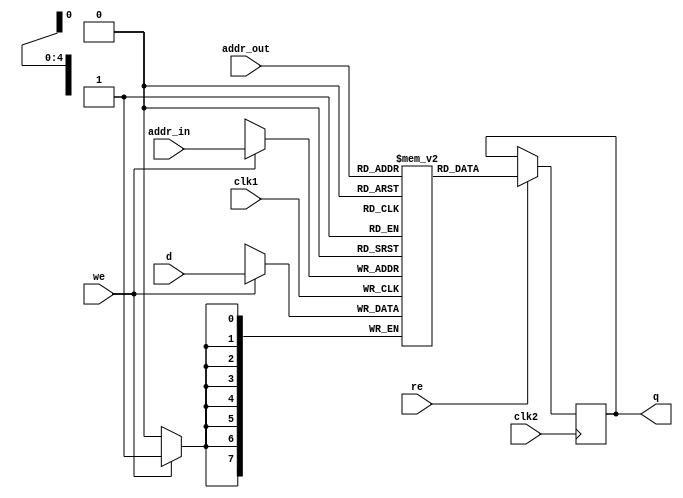
module dualport_ram_scalable
(
	q,
	addr_in,
	addr_out,
	d,
	we,
	clk1,
	clk2,
	re,
);
				
				
				
// Use this to infer M9K or M4K or M512 Memories:
					
	parameter	data_width		=	8;
	parameter	addr_width		=	5;	// log2(addr_width)
	parameter	mem_size		=	1<<addr_width;

	output	[data_width-1:0]	q;
	input 	[data_width-1:0]	d;
	input 	[addr_width-1:0]	addr_in;                  
	input 	[addr_width-1:0]	addr_out;
	input 						we;
	input						clk1;
	input						clk2;
	input						re;
	
	reg [addr_width-1:0]		addr_out_reg;
	reg [data_width-1:0]		q;
	reg [data_width-1:0]		mem [mem_size-1:0];	// / * sy nth esis ra mst yle = "M512" * /


	always @(posedge clk1)
	begin
		if (we)
		begin
			mem[addr_in] <= d;
		end
	end

	always @(posedge clk2)
	begin
		if	(re)
		begin
			q			<= mem[addr_out];
		end
	end  

	
endmodule